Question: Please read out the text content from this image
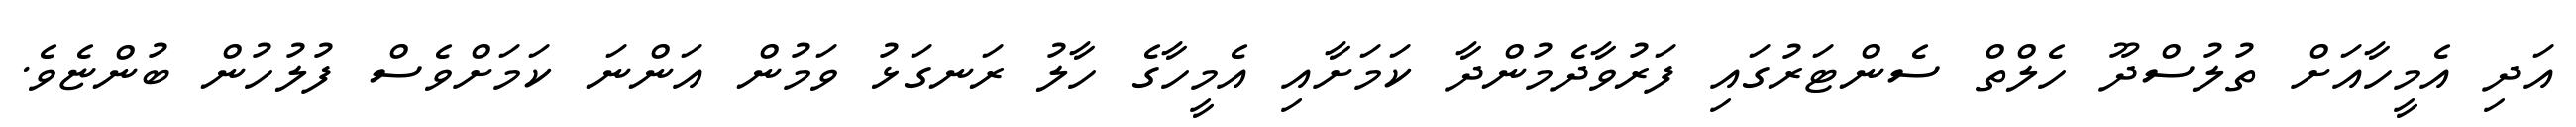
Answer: އަދި އެމީހާއަށް ތުލުސްދޫ ހެލްތް ސެންޓަރުގައި ފަރުވާދެމުންދާ ކަމަށާއި އެމީހާގެ ހާލު ރަނގަޅު ވަމުން އަންނަ ކަމަށްވެސް ފުލުހުން ބުންޏެވެ.